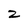
Character: z